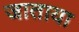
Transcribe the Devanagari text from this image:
जाताया